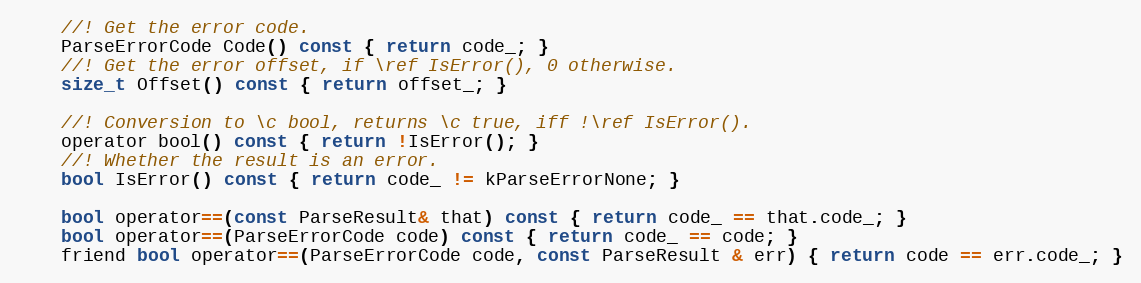
Language: C
    //! Get the error code.
    ParseErrorCode Code() const { return code_; }
    //! Get the error offset, if \ref IsError(), 0 otherwise.
    size_t Offset() const { return offset_; }

    //! Conversion to \c bool, returns \c true, iff !\ref IsError().
    operator bool() const { return !IsError(); }
    //! Whether the result is an error.
    bool IsError() const { return code_ != kParseErrorNone; }

    bool operator==(const ParseResult& that) const { return code_ == that.code_; }
    bool operator==(ParseErrorCode code) const { return code_ == code; }
    friend bool operator==(ParseErrorCode code, const ParseResult & err) { return code == err.code_; }